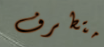
متطرف